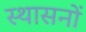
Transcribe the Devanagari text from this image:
स्थासनों